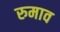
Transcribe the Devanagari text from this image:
रुमाव